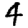
Digit: 4